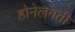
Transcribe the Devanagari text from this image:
होनेलगती